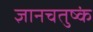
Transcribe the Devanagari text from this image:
ज्ञानचतुष्कं